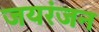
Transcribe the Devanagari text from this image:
जयरंजन